Scottish Leaving Certificate Examination, 1952
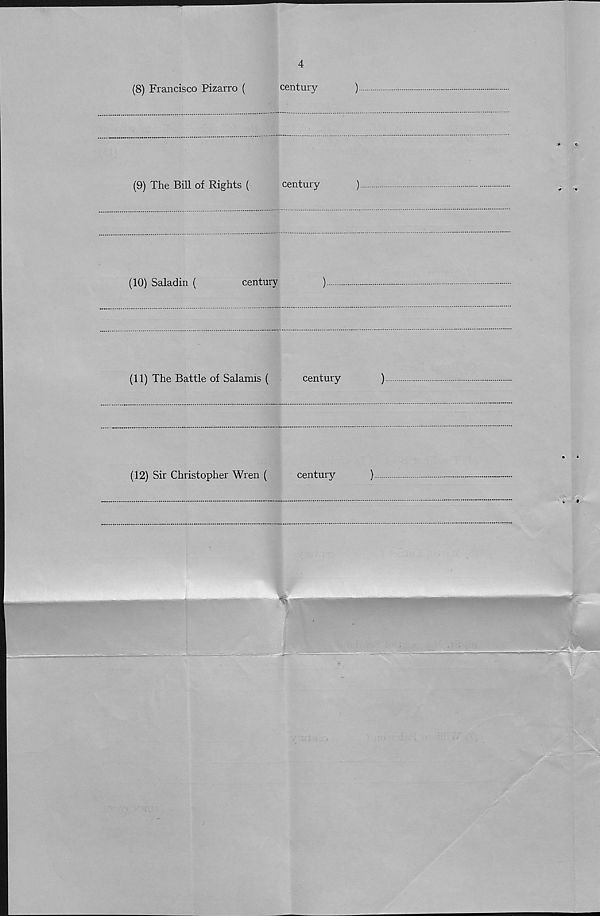
'Uriv 0
3
Section 1 (b)
Give the century, B.C. or A.D., of ten of the following, indicate who or
what each was, and say why each is important in history. Answers must be
written in the space provided after each name.
(15)
(1) Alfred the Great (
century
)
(2) Marcus Antonius (
century
)
(3) Roger Bacon (
century
)
(4) The First Book of Discipline (
century
)
* v
(5) Martin Luther (
century
)